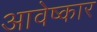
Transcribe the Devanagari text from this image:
आवेष्कार